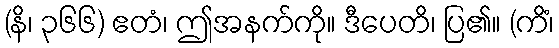
(နိ၊ ၃၆၆) ဧတံ၊ ဤအနက်ကို။ ဒီပေတိ၊ ပြ၏။ (ကိံ၊